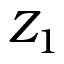
Z _ { 1 }